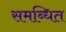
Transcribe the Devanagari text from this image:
समब्धित